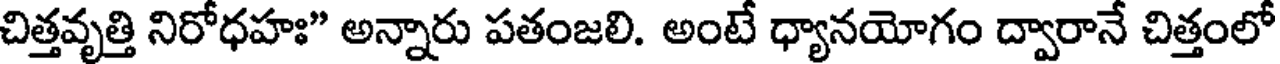
చిత్తవృత్తి నిరోధహః" అన్నారు పతంజలి. అంటే ధ్యానయోగం ద్వారానే చిత్తంలో